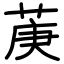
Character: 菮